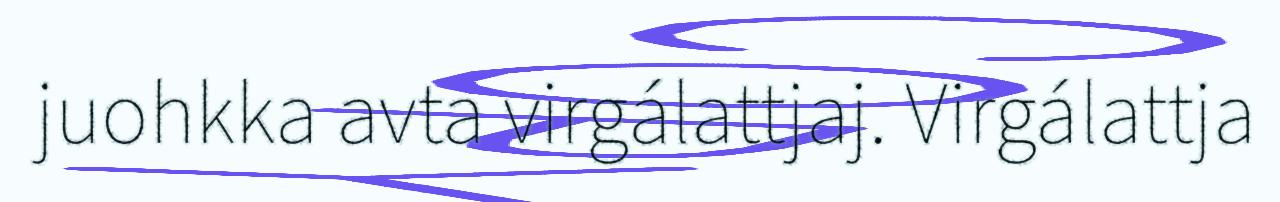
juohkka avta virgálattjaj. Virgálattja